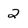
Character: 2